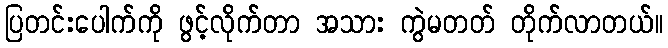
ပြတင်းပေါက်ကို ဖွင့်လိုက်တာ အသား ကွဲမတတ် တိုက်လာတယ်။